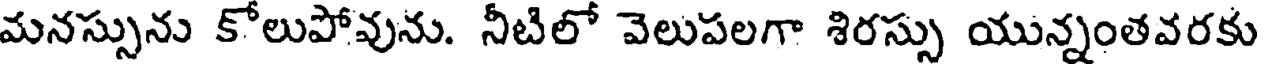
మనస్సును కోలుపోవును. నీటిలో వెలుపలగా శిరస్సు యున్నంతవరకు